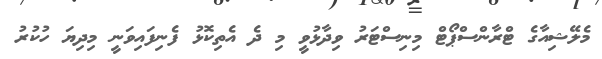
މެލޭޝިއާގެ ޓްރާންސްޕޯޓް މިނިސްޓަރު ވިދާޅުވީ މި ދެ އެތިކޮޅު ފެނިފައިވަނީ މިދިޔަ ހުކުރު